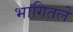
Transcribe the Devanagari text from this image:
भागितले